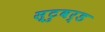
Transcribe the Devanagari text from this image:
स्टुवर्ड